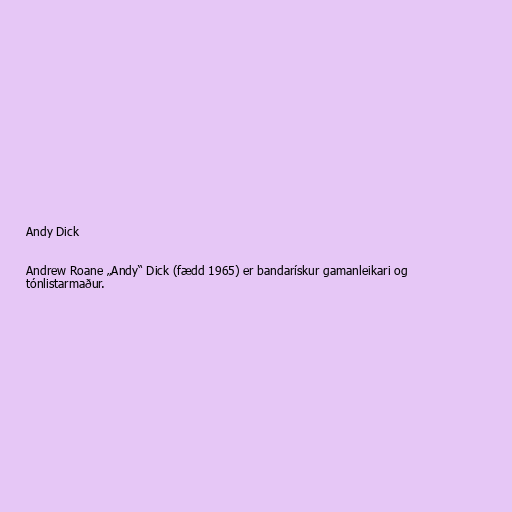
Andy Dick

Andrew Roane „Andy“ Dick (fædd 1965) er bandarískur gamanleikari og
tónlistarmaður.